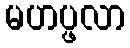
မဟပ္ဖလာ